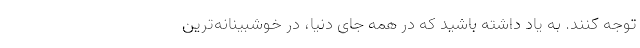
توجه کنند. به یاد داشته باشید که در همه جای دنیا، در خوشبینانه‌ترین